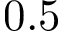
0 . 5